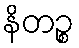
နိတဉ္စ